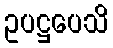
ဥပဋ္ဌပေသိ